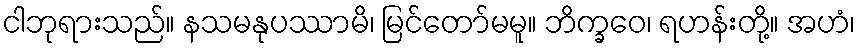
ငါဘုရားသည်။ နသမနုပဿာမိ၊ မြင်တော်မမူ။ ဘိက္ခဝေ၊ ရဟန်းတို့။ အဟံ၊